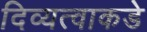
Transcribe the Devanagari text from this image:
दिव्यत्वाकडे